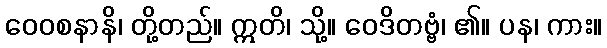
ဝေဝစနာနိ၊ တို့တည်။ ဣတိ၊ သို့။ ဝေဒိတဗ္ဗံ၊ ၏။ ပန၊ ကား။